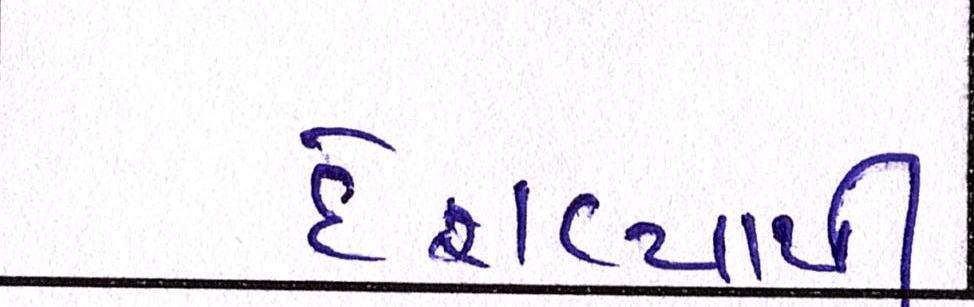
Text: દેશવ્યાપી